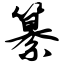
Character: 纂